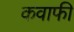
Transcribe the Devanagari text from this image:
कवाफी